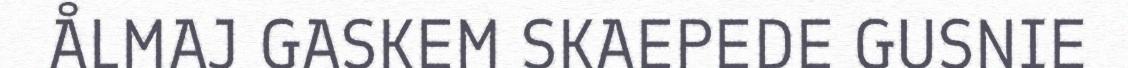
ÅLMAJ GASKEM SKAEPEDE GUSNIE